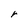
Character: r